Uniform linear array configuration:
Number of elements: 4
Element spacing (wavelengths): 1
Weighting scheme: blackman
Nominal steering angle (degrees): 0
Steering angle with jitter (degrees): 0.9481
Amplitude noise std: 0.05
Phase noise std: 0.05

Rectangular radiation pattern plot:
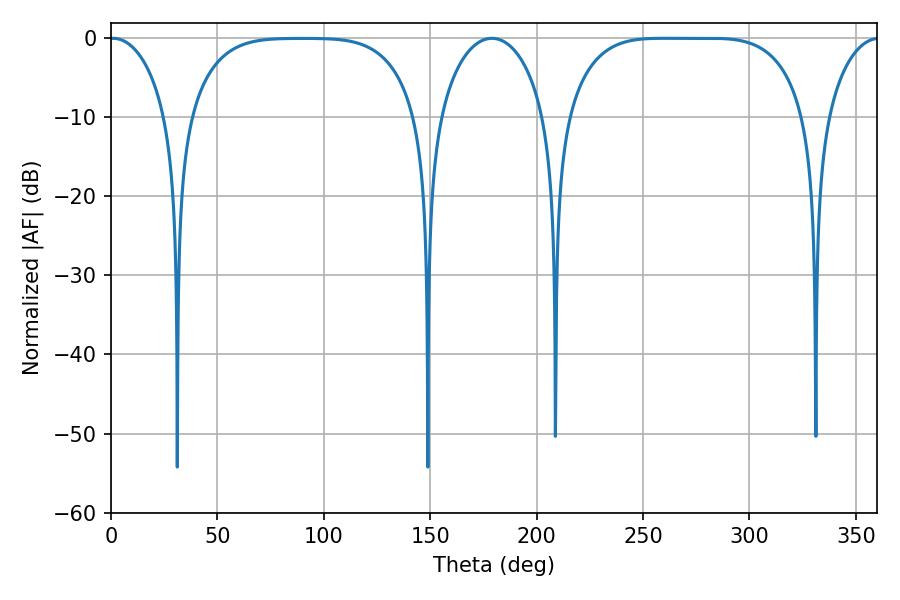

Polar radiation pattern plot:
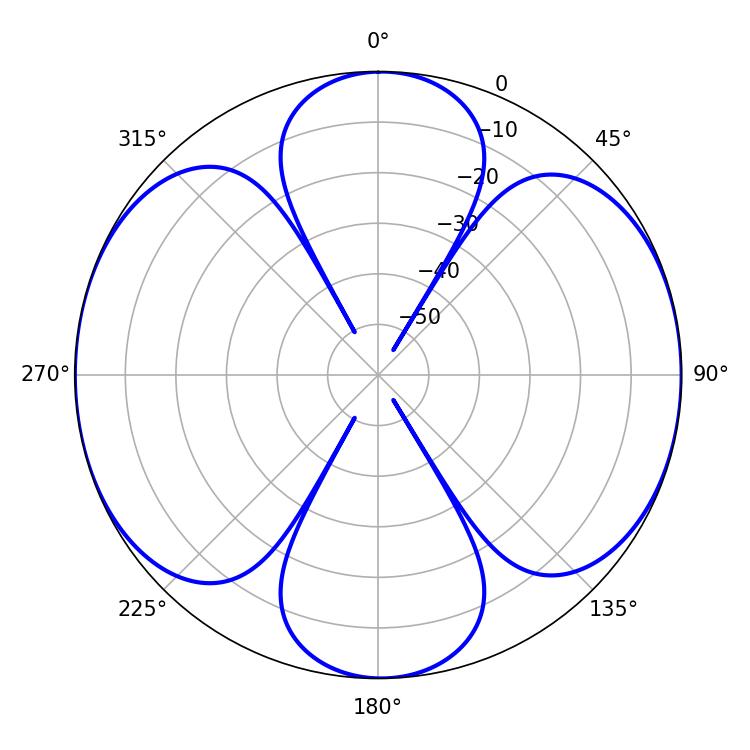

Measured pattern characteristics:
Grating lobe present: TRUE
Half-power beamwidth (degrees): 85.68
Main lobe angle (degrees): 259.2